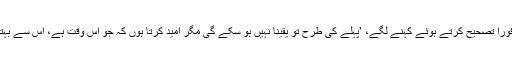
‘ مگر پھر فوراَ تصحیح کرتے ہوئے کہنے لگے، ’پہلے کی طرح تو یقینا نہیں ہو سکے گی مگر امید کرتا ہوں کہ جو اس وقت ہے، اس سے بہتر ہو جائے۔